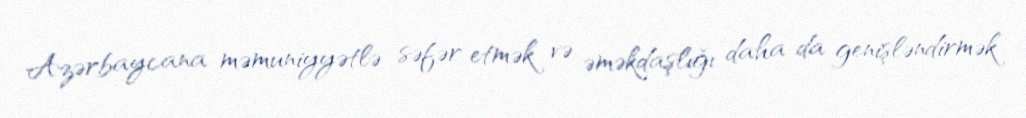
Azərbaycana məmuniyyətlə səfər etmək və əməkdaşlığı daha da genişləndirmək